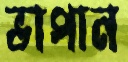
ভাপান